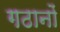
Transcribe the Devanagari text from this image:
गठानों